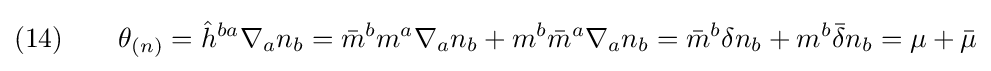
(14)\qquad \theta _{(n)}={\hat {h}}^{ba}\nabla _{a}n_{b}={\bar {m}}^{b}m^{a}\nabla _{a}n_{b}+m^{b}{\bar {m}}^{a}\nabla _{a}n_{b}={\bar {m}}^{b}\delta n_{b}+m^{b}{\bar {\delta }}n_{b}=\mu +{\bar {\mu }}